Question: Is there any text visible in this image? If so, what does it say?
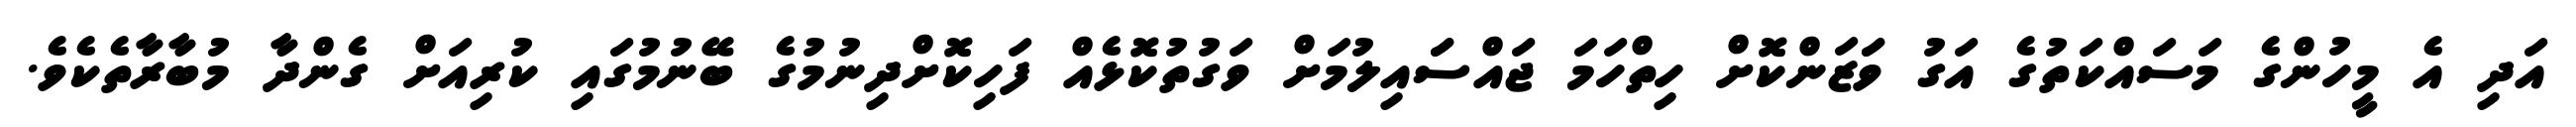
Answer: އަދި އެ މީހުންގެ މަސައްކަތުގެ އަގު ވަަޒަންކޮށް ހިތްހަމަ ޖައްސަައިލުމަށް ވަގުތުކޮޅެއް ފަހިކޮށްދިނުމުގެ ބޭނުމުގައި ކުރިއަށް ގެންދާ މުބާރާތެކެވެ.